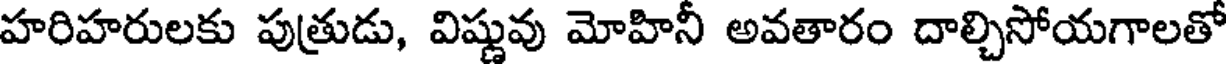
హరిహరులకు పుత్రుడు, విష్ణువు మోహినీ అవతారం దాల్చిసోయగాలతో